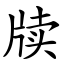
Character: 牍